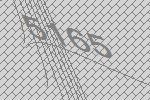
5165